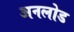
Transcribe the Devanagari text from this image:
अनलोड